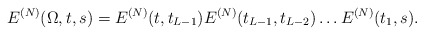
\begin{align*}E^{(N)}(\Omega,t,s)=E^{(N)}(t,t_{L-1}) E^{(N)}(t_{L-1},t_{L-2})\ldots E^{(N)}(t_1,s).\end{align*}